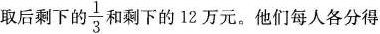
取后剩下的\frac{1}{3}和剩下的12万元。他们每人各分得